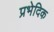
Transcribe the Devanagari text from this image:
प्रभेदिक